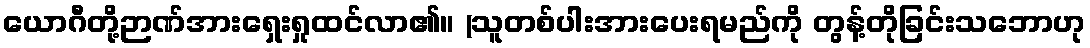
ယောဂီတို့ဉာဏ်အားရှေးရှုထင်လာ၏။ (သူတစ်ပါးအားပေးရမည်ကို တွန့်တိုခြင်းသဘောဟု